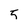
Character: 5